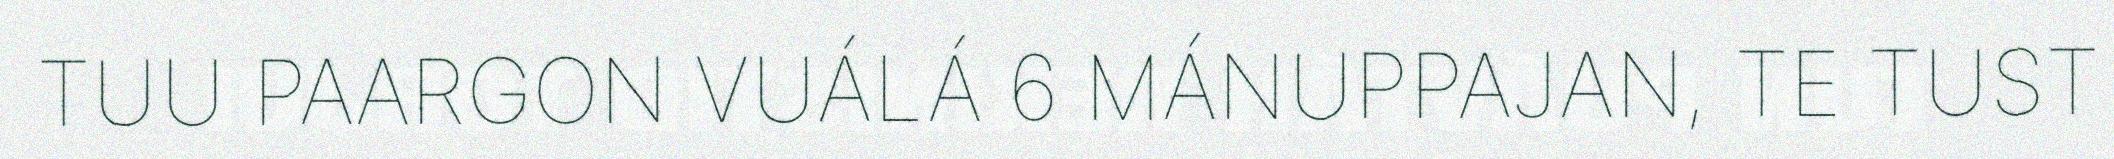
TUU PAARGON VUÁLÁ 6 MÁNUPPAJAN, TE TUST